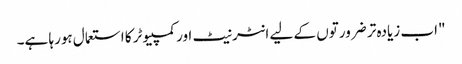
"اب زیادہ تر ضرورتوں کے لیے انٹرنیٹ اور کمپیوٹر کا استعمال ہورہا ہے۔